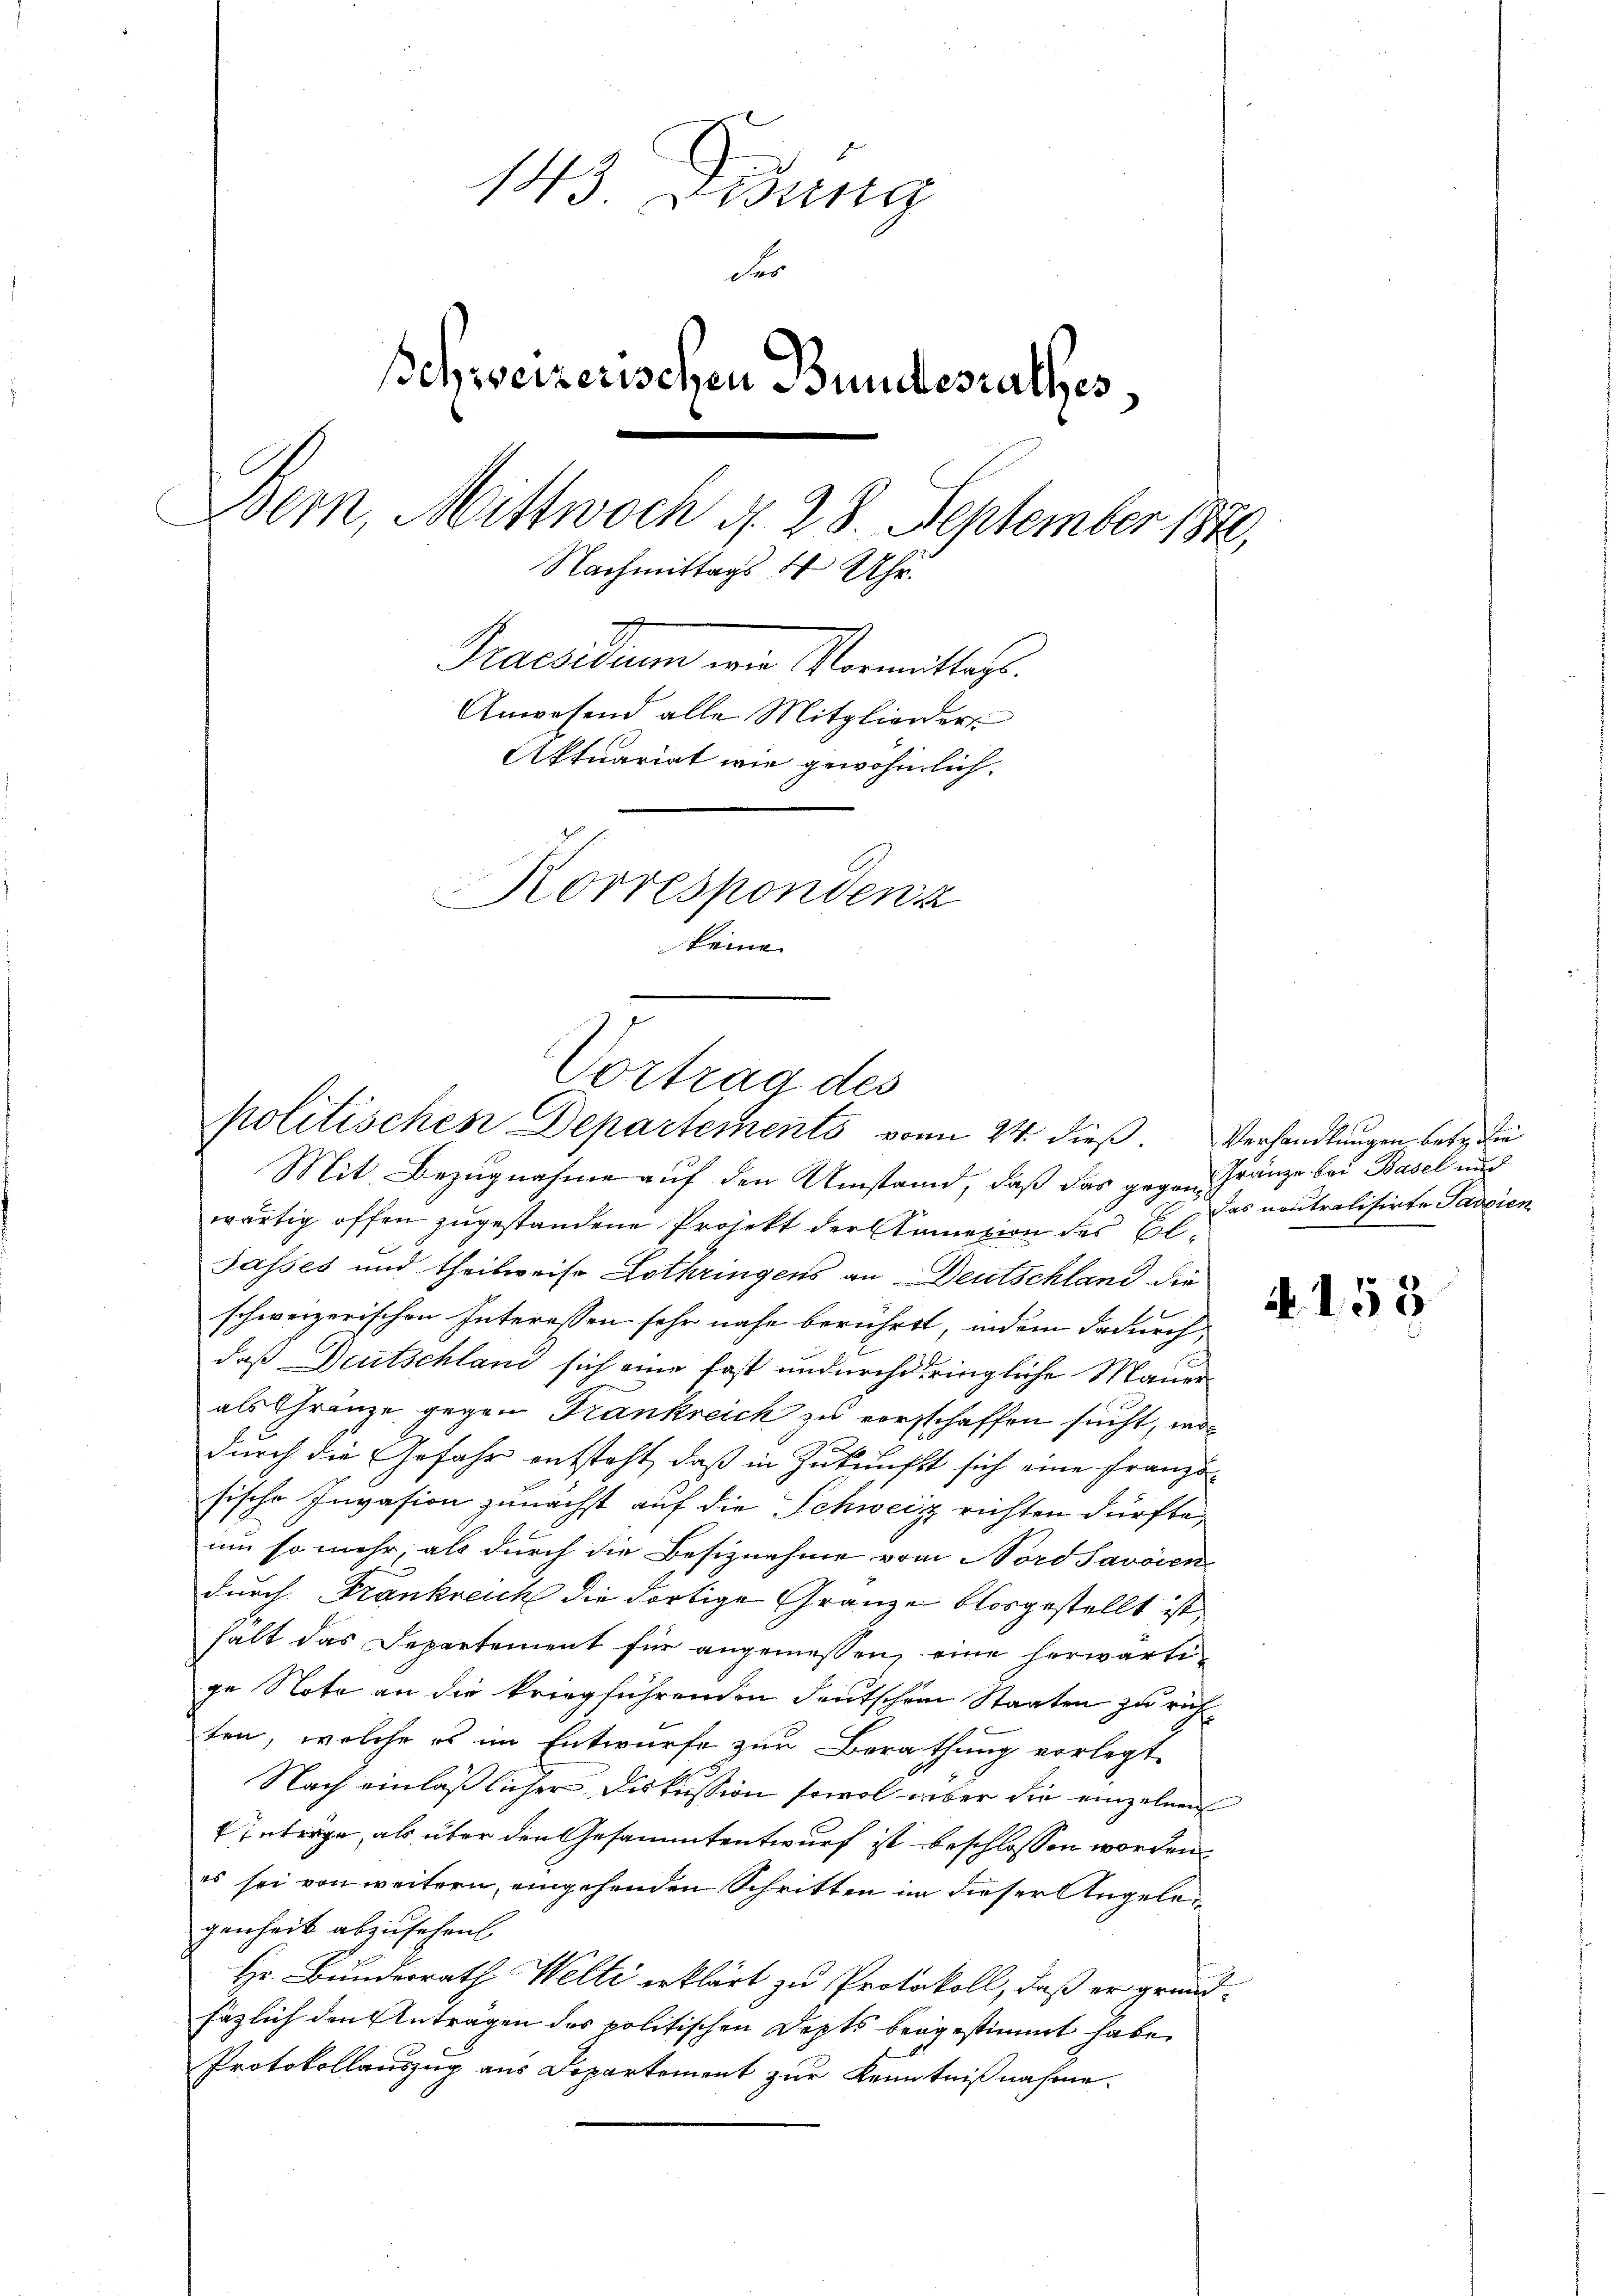
143. Dedung
der
schweizerischen Bundesrathes,
Bern, Mittwoch d. 28. September 1870,
Nachmittags 1 Uhr.
Praesiduum eine Vormittels
Anwesend alle Mitglieder
Aktuariat wie gewöhnlich.
Korrespondenz
keine

Vortrag des
politischen Departements von 24. dieß. Verhandlungen, betr. die

Mit Bezugnahme auf den Umstand, daß das gegen Franze bei Basel und
wärtig offen zugestandene Projekt der Kamezion des El¬
Jasses und theilweise Lothringens an Deutschland die
schweizerischen Interessen sehr nahe berühret, indem dadurch
daß Deutschland sich eine fast undurchdringliche Mauer
als Gränze gegen Frankreich zu verschaffen sucht, wo
durch die Gefahr entsteht, daß in Zukunft sich eine Französische Invasion zunächst auf die Schweig richten dürfte,
um so mehr, als durch die Besiznahme vom Nord Savoien
durch Frankreich die dortige Gränze blosgestellt ist
halt das Departement für angemessen, eine herwärtige Note an die kriegführenden deutschem Staaten zu richten, welche es im Entwurfe zur Berathung vorlegt
Nach einläßlicher Diskussion sowol über die einzelnen
Interge, als über den Gesammtentwurf ist beschlossen worden
es sei von weitern, eingehenden Schritten in dieser Angelegenheit abzusehen.
Hr. Bundesrath Welti erklärt zu Protokoll, daß er grundfäzlich den Anträgen des politischen Depts beugestimmt habe,
Protokollauszug aus Departement zur Kenntnißnahme.

das neutralisirte Javaien

A 155